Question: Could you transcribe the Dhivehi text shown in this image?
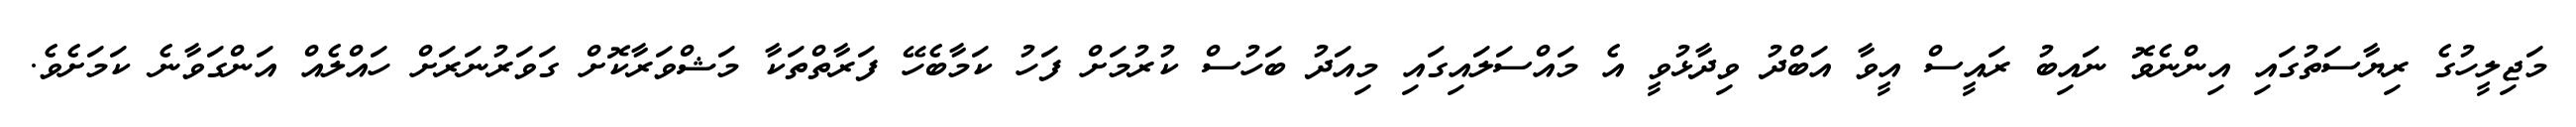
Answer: މަޖިލީހުގެ ރިޔާސަތުގައި އިންނެވޮ ނައިބު ރައީސް އީވާ އަބްދު ވިދާޅުވީ އެ މައްސަލައިގައި މިއަދު ބަހުސް ކުރުމަށް ފަހު ކަމާބެހޭ ފަރާތްތަކާ މަޝްވަރާކޮށް ގަވަރުނަރަށް ހައްލެއް އަންގަވާނެ ކަމަށެވެ.